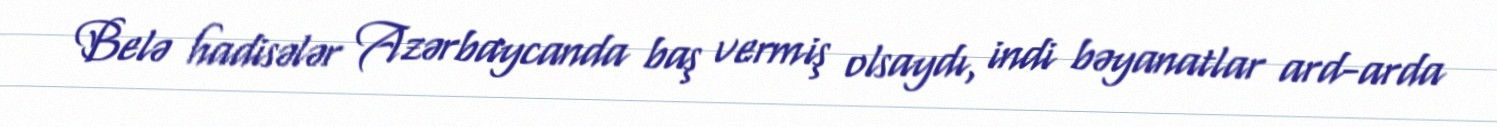
Belə hadisələr Azərbaycanda baş vermiş olsaydı, indi bəyanatlar ard-arda